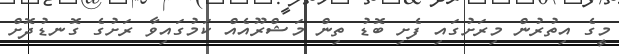
މީގެ އިތުރުން މިރަށުގައި ފެށި ބޮޑު ތިން މަޝްރޫއެއް ކަމުގައިވާ ރަށުގެ ގޮނޑުދޮށް